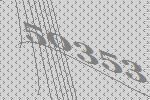
50353